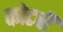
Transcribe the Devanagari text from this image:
कोटवी